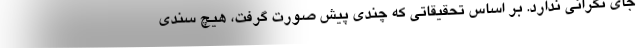
جای نگرانی ندارد. بر اساس تحقیقاتی که چندی پیش صورت گرفت، هیچ سندی